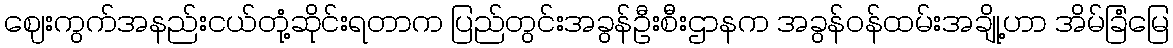
ဈေးကွက်အနည်းငယ်တုံ့ဆိုင်းရတာက ပြည်တွင်းအခွန်ဦးစီးဌာနက အခွန်ဝန်ထမ်းအချို့ဟာ အိမ်ခြံမြေ